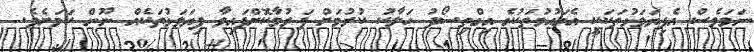
ނަމަވެސް އެފިޔަވަޅުތަކަކީ އެގައުމުތަކުގެ އިގްތިސޯދު ހަލާކު ކުރުމަށް ފަރުމާކޮށްފައިވާ ފިޔަަވަޅުތަކެއް ނޫން ކަމަށެވެ.